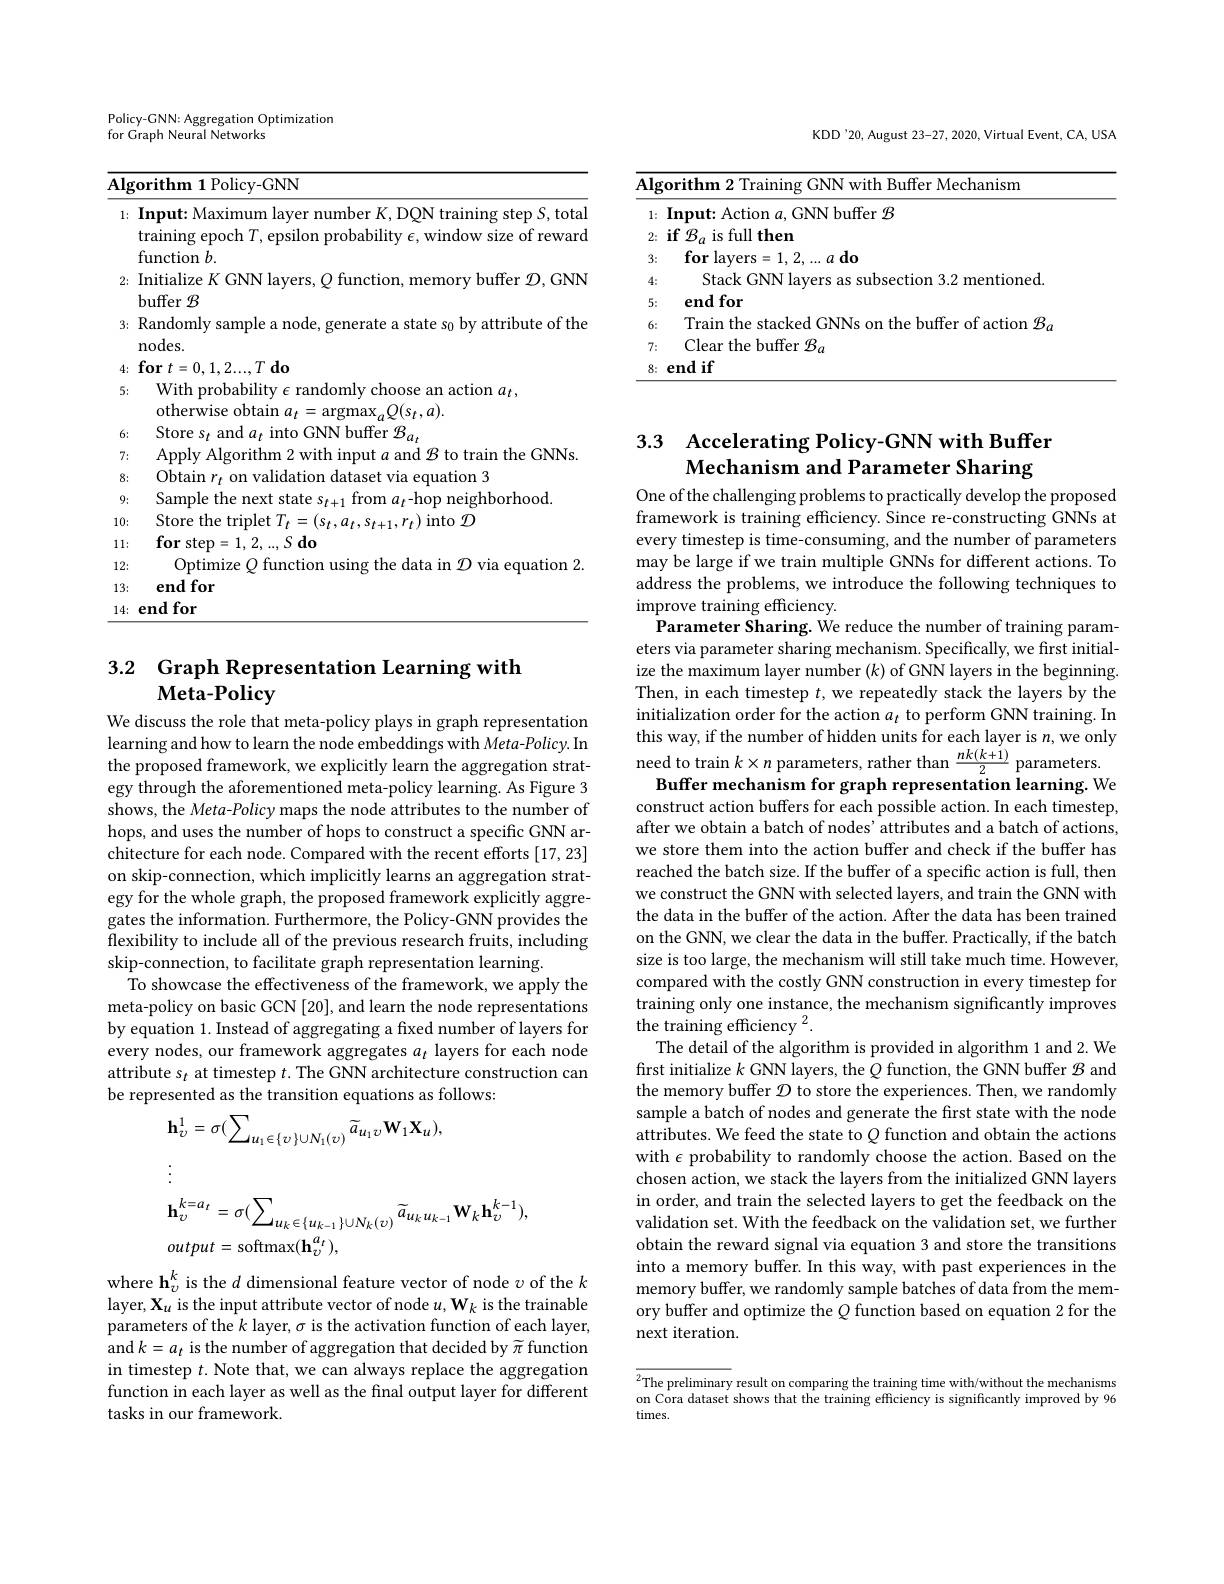
KDD'20, August 23-27, 2020, Virtual Event, CA, USA

<table>
	<tbody>
		<tr>
			<td>$\overline{\mathbf{Alg}}$</td>
			<td>with Buffer Mechanism orithm (GNN</td>
		</tr>
		<tr>
			<td>1:</td>
			<td>iNN buffer $\mathcal{B}$ $\mathbf{Input}$</td>
		</tr>
		<tr>
			<td>2:</td>
			<td>$\mathbf{if}^{*}\mathcal{R}$ is full then 1</td>
		</tr>
		<tr>
			<td>3:</td>
			<td>$\mathbf{for}$lavers $..ado$</td>
		</tr>
		<tr>
			<td>4:</td>
			<td>Stack entioned $\because(-1,\mathbf{N})$</td>
		</tr>
		<tr>
			<td>5:</td>
			<td>end for</td>
		</tr>
		<tr>
			<td>6:</td>
			<td>lrain the $\mathrm{action}^{\prime}$</td>
		</tr>
		<tr>
			<td>7:</td>
			<td>Clear the buffer $\mathcal{B}_a$</td>
		</tr>
	</tbody>
</table>

<table>
	<tbody>
		<tr>
			<td>Policy-GNN:Ag egation Optimization</td>
			<td> </td>
		</tr>
		<tr>
			<td>INetworks</td>
			<td> </td>
		</tr>
	</tbody>
</table>

<table>
	<tbody>
		<tr>
			<th>$\overline{\mathbf{Alg}}$</th>
			<th>${\mathrm{rithm~1~Policy-GNN}}$</th>
		</tr>
		<tr>
			<th>1:</th>
			<th>Input: Maximum layer number $K$, DQN training step $S$, totai training epoch $T$, epsilon probability $\epsilon$, window size of reward $\mathop{\mathrm{function~}}b.$</th>
		</tr>
		<tr>
			<td>2:</td>
			<td>Initialize $K$ GNN layers, $Q$ function, memory buffer $\mathcal{D}$,GNN $\operatorname{buffer}\mathcal{B}$</td>
		</tr>
		<tr>
			<td>3:</td>
			<td>Randomly sample a node, generate a state s$_0$ by attribute of the nodes. </td>
		</tr>
		<tr>
			<td>4:</td>
			<td>$\textbf{for }t= 0, 1, 2. . . , T\textbf{ do}$</td>
		</tr>
		<tr>
			<td>5:</td>
			<td>With probability $\epsilon$ randomly choose an action $a_t$, otherwise obtain $a_t=$ $\operatorname{argmax}_{a}Q(s_{t},a).$</td>
		</tr>
		<tr>
			<td>6:</td>
			<td>Store 1d $\eta_{t}$ into GNN buffer $\mathcal{B}_a_t$</td>
		</tr>
		<tr>
			<td>7:</td>
			<td>train the GNNs 1. $7K$</td>
		</tr>
		<tr>
			<td>8:</td>
			<td>Obtaim $17ase$ uation 3</td>
		</tr>
		<tr>
			<td>9:</td>
			<td>Samnle neighborhood ${\mathrm{.the~nevt}}$</td>
		</tr>
		<tr>
			<td>10:</td>
			<td>Store the into $\mathcal{T}$</td>
		</tr>
		<tr>
			<td>1 1:</td>
			<td>$\textbf{for step}= 1, 2, . . , S\textbf{ do}$</td>
		</tr>
		<tr>
			<td>12:</td>
			<td>mation 2</td>
		</tr>
		<tr>
			<td>13:</td>
			<td>end for</td>
		</tr>
		<tr>
			<td>1 $d$</td>
			<td>0</td>
		</tr>
	</tbody>
</table>

## 3.2 Graph Representation Learning with $\tilde{\textbf{Meta-Policy}}$

We discuss the role that meta-policy plays in graph representation learning and how to learn the node embeddings with Meta-Policy. In the proposed framework, we explicitly learn the aggregation strategy through the aforementioned meta-policy learning. As Figure 3 shows, the Meta-Policy maps the node attributes to the number of hops, and uses the number of hops to construct a specific GNN architecture for each node. Compared with the recent efforts [17,23] on skip-connection, which implicitly learns an aggregation strategy for the whole graph, the proposed framework explicitly aggregates the information. Furthermore, the Policy-GNN provides the $\tilde{\text{flexibility to include all of the previous research fruits, including}}$ skip-connection, to facilitate graph representation learning.
To showcase the effectiveness of the framework, we apply the meta-policy on basic GCN [20], and learn the node representations by equation 1. Instead of aggregating a fixed number of layers for every nodes, our framework aggregates $a_t$ layers for each node attribute s$_t$ at timestep $t.$ The GNN architecture construction can be represented as the transition equations as follows:
$$\begin{aligned}&\mathbf{h}_{\upsilon}^{1}=\sigma(\sum_{u_{1}\in\{\upsilon\}\cup N_{1}(\upsilon)}\widetilde{a}_{u_{1}\upsilon}\mathbf{W}_{1}\mathbf{X}_{u}),\\&\mathbf{h}_{\upsilon}^{k=a_{t}}=\sigma(\sum_{u_{k}\in\{u_{k-1}\}\cup N_{k}(\upsilon)}\widetilde{a}_{u_{k}u_{k-1}}\mathbf{W}_{k}\mathbf{h}_{\upsilon}^{k-1}),\\&output=\mathrm{softmax}(\mathbf{h}_{\upsilon}^{a_{t}}),\end{aligned}$$
# 3.3 Accelerating Policy-GNN with Buffer Mechanism and Parameter Sharing

One of the challenging problems to practically develop the proposed framework is training efficiency. Since re-constructing GNNs at every timestep is time-consuming, and the number of parameters may be large if we train multiple GNNs for different actions. To address the problems, we introduce the following techniques to improve training efficiency
Parameter Sharing. We reduce the number of training parameters via parameter sharing mechanism. Specifically, we first initialize the maximum layer number $(k)$ of GNN layers in the beginning Then, in each timestep $t$, we repeatedly stack the layers by the initialization order for the action $a_t$ to perform GNN training. In this way, if the number of hidden units for each layer is $n$,we only need to train $k\times n$ parameters, rather than $\frac{nk(k+1)}2$ parameters
Buffer mechanism for graph representation learning. We construct action buffers for each possible action. In each timestep, after we obtain a batch of nodes' attributes and a batch of actions, we store them into the action buffer and check if the buffer has reached the batch size. If the buffer of a specific action is full, then we construct the GNN with selected layers, and train the GNN with the data in the buffer of the action. After the data has been trained on the GNN, we clear the data in the buffer. Practically, if the batch size is too large, the mechanism will still take much time. However, compared with the costly GNN construction in every timestep for training only one instance, the mechanism significantly improves the training efficiency $^2.$
The detail of the algorithm is provided in algorithm 1 and 2. We first initialize $k$ GNN layers, the $Q$ function, the GNN buffer $\mathcal{B}$ and the memory buffer $\mathcal{D}$ to store the experiences. Then, we randomly sample a batch of nodes and generate the first state with the node attributes. We feed the state to $Q$ function and obtain the actions with $\epsilon$ probability to randomly choose the action. Based on the chosen action, we stack the layers from the initialized GNN layers in order, and train the selected layers to get the feedback on the validation set. With the feedback on the validation set, we further obtain the reward signal via equation 3 and store the transitions into a memory buffer. In this way, with past experiences in the memory buffer, we randomly sample batches of data from the memory buffer and optimize the $Q$ function based on equation 2 for the next iteration.

$\overline {{^2}\text{The preliminary}}$ result on comparing the training time with/ without the mechanisms on Cora dataset shows that the training efficiency is significantly improved by 96
times.

where h$_v^k$ is the $d$ dimensional feature vector of node $v$ of the $k$ layer, X$_u$ is the input attribute vector of node $u,\mathbf{W}_k$ is the trainable parameters of the $k$ layer, $\sigma$ is the activation function of each layer, and$k=a_t$ is the number of aggregation that decided by $\widetilde{\pi}$ function in timestep $t.$ Note that, we can always replace the aggregation function in each layer as well as the final output layer for different tasks in our framework.